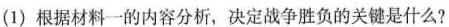
(1)根据材料一的内容分析，决定战争胜负的关键是什么?